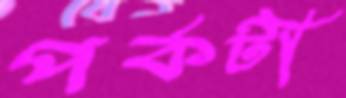
পর্কটী